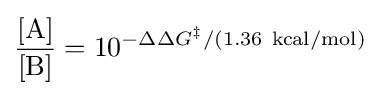
{\frac {[\mathrm {A} ]}{[\mathrm {B} ]}}=10^{-\Delta \Delta G^{\ddagger }/(1.36\ \mathrm {kcal/mol} )}